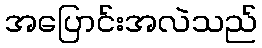
အပြောင်းအလဲသည်